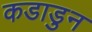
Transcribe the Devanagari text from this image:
कडाडुन